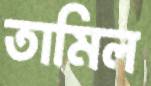
তামিল